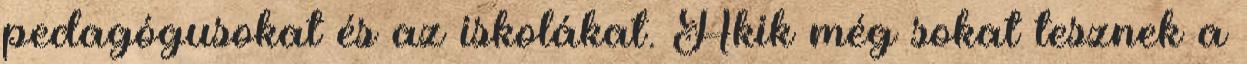
pedagógusokat és az iskolákat. Akik még sokat tesznek a